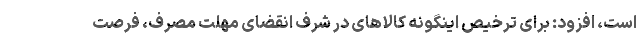
است، افزود: برای ترخیص اینگونه کالاهای در شرف انقضای مهلت مصرف، فرصت